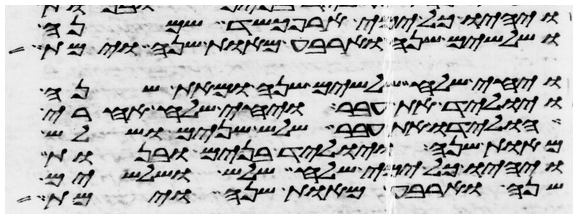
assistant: ויהיו כל ימי ארפכשד שמנה
ושלשים שנה וארבע מאות שנה וימת
ויחי שלח שלשים שנה ומאת שנה
ויוליד את עבר ויחי שלח אחרי
הולידו את עבר שלש שנים ושלש
מאות שנה ויוליד בנים ובנות
ויהיו כל ימי שלח שלש ושלשים
שנה וארבע מאות שנה וימת